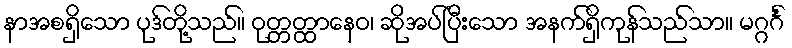
နာအစရှိသော ပုဒ်တို့သည်။ ဝုတ္တတ္ထာနေဝ၊ ဆိုအပ်ပြီးသော အနက်ရှိကုန်သည်သာ။ မဂ္ဂင်္ဂံ